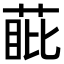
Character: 𮏰